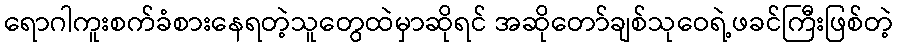
ရောဂါကူးစက်ခံစားနေရတဲ့သူတွေထဲမှာဆိုရင် အဆိုတော်ချစ်သုဝေရဲ့ဖခင်ကြီးဖြစ်တဲ့